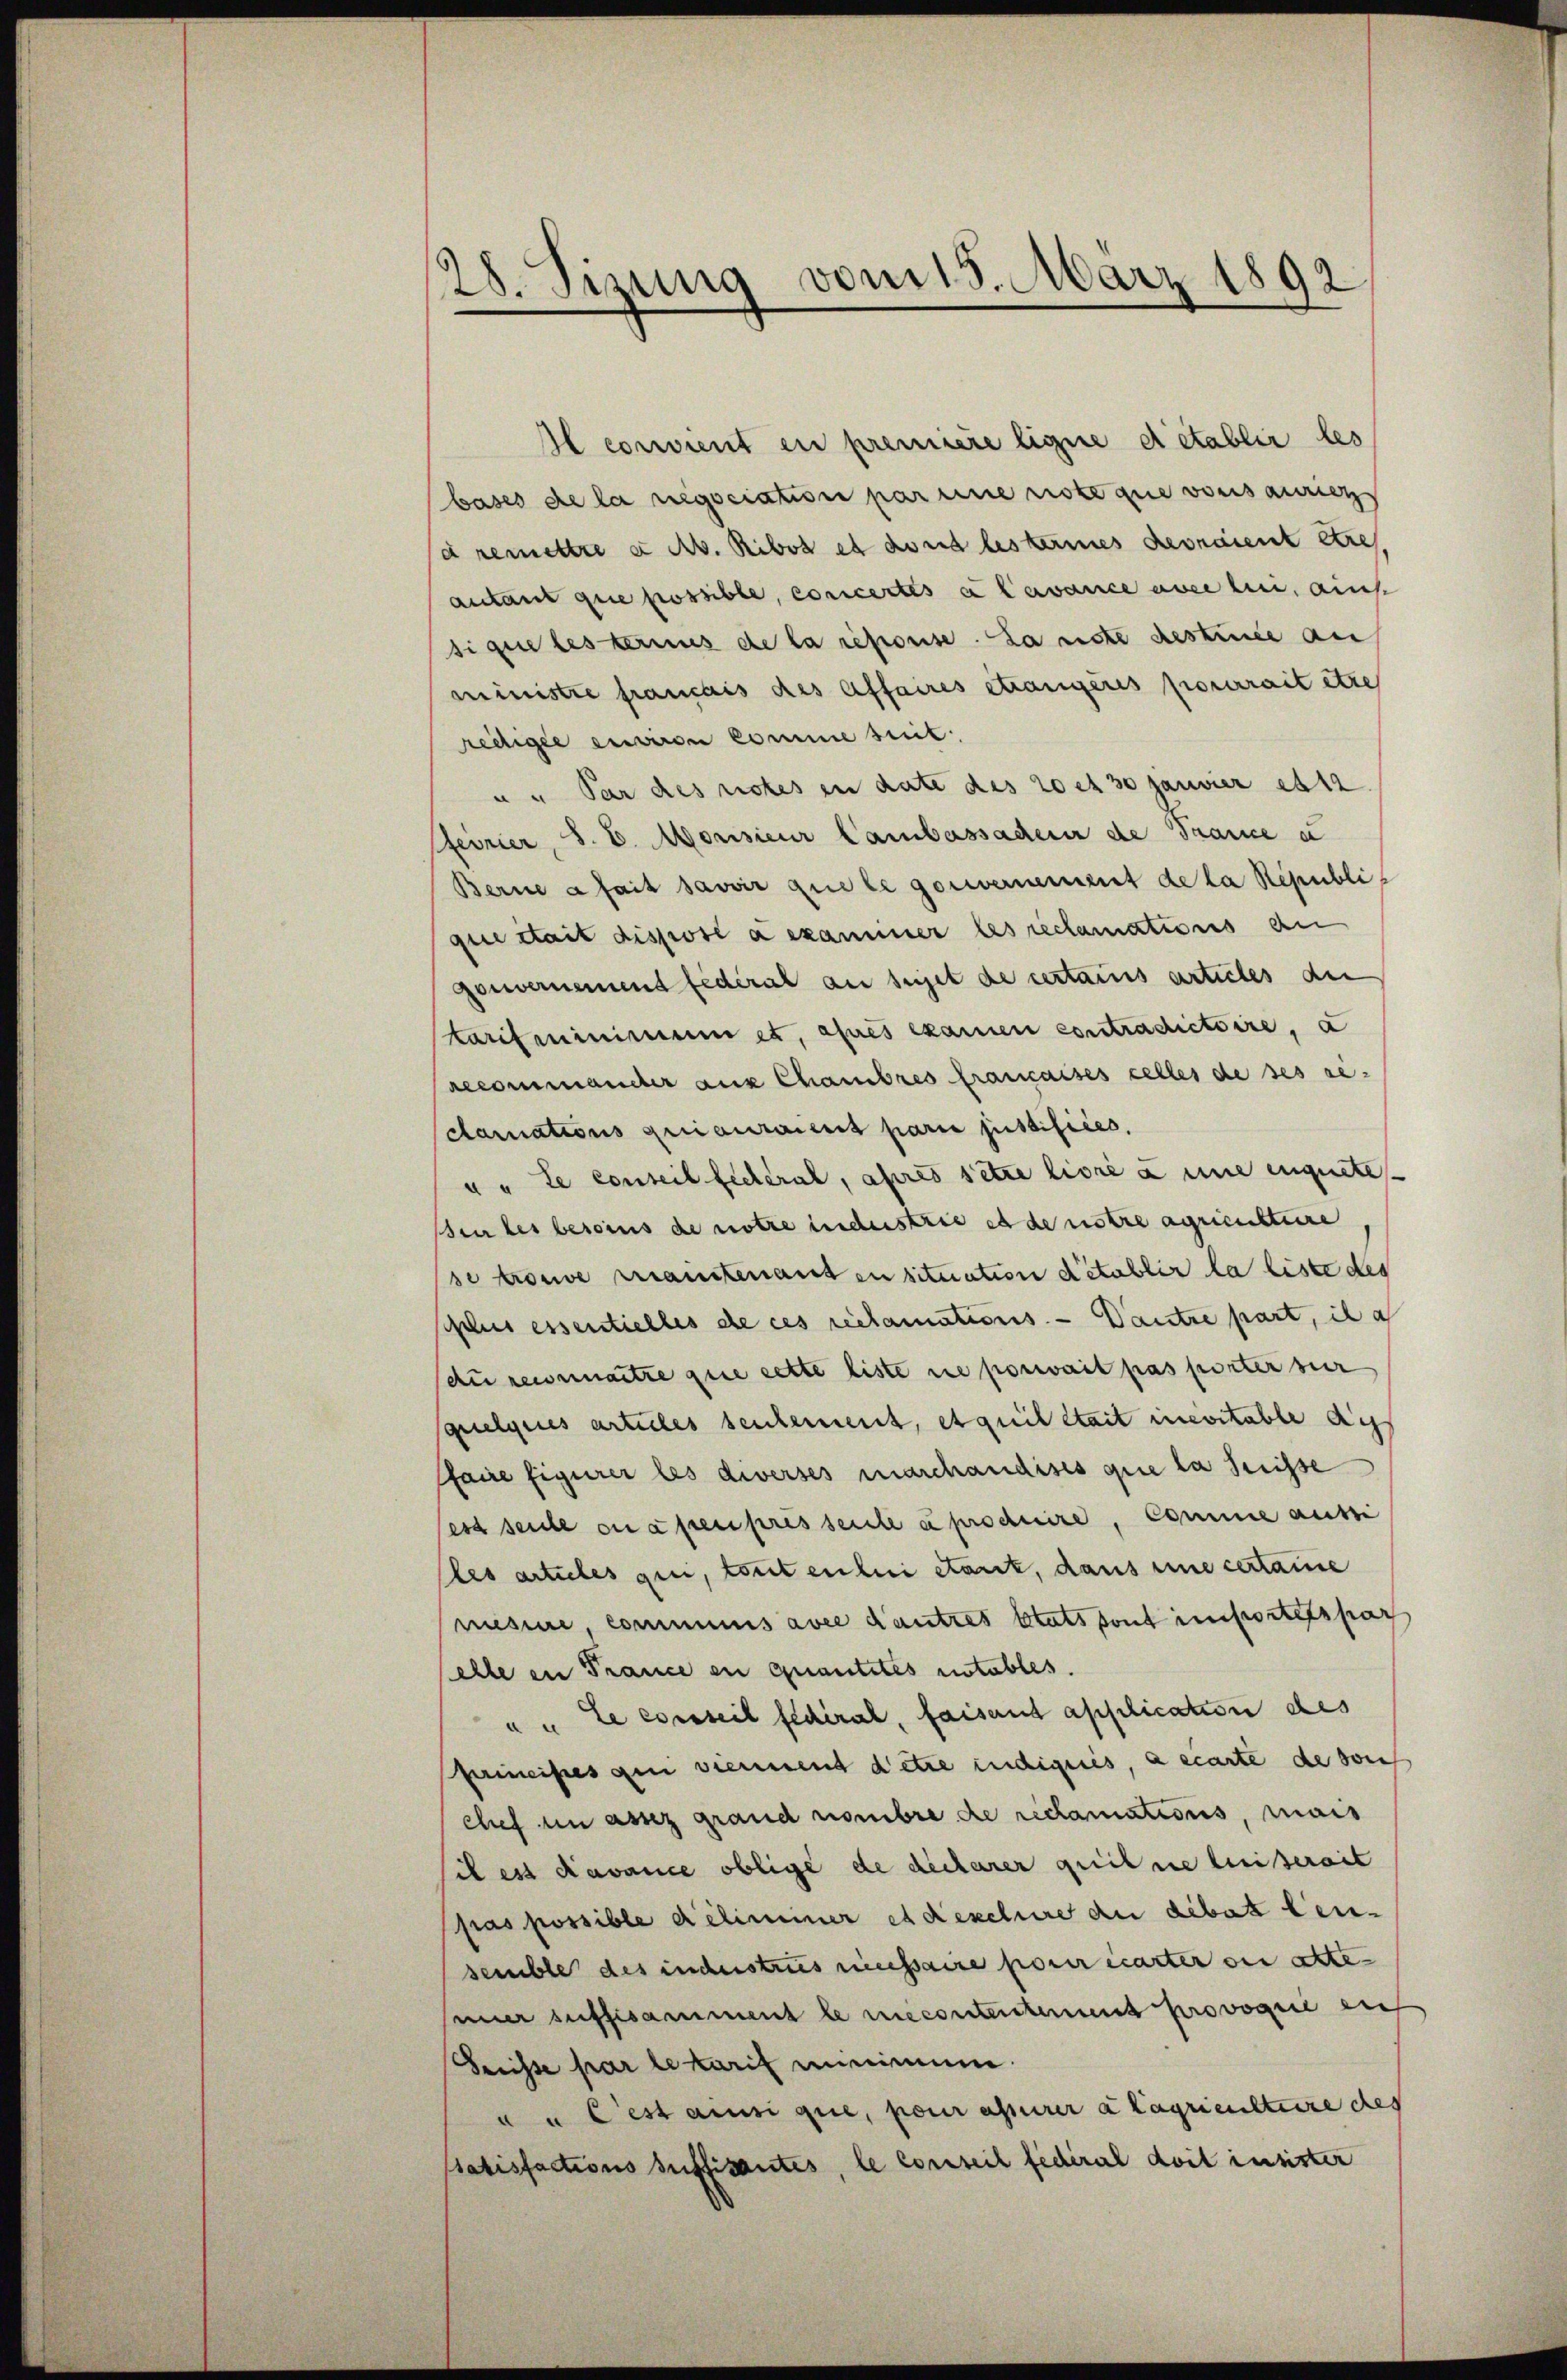
28. Sizung vom 15. März 1892

Il convient en première ligne detablir les
bases de la regociation par eine notoque von saurig
a remettre u. A. Ribot es dont bestermes devraient être
autant que possible, concertes u avance une sei, auch
sique testernis de la repouse. La note destence au
ministre francais des Affaires etwanigeres pourrait etze
redigie environ Comme seit
u. Par des rotes in date des 20 et 30 Janvier est
ferrier, S. E. Morisieur Cambassader de Trance zu
Berne a fait savoir que le gouvernement de la République stait disposé aexaminer les reclamations an
gouvernement fédéral an seiget de certaus articles der
Karifmninimum et, ohnes examen contradictoire, a
recommander aus Chambres francaises celles de ses re-
clarations quiiauraient parie justifices.
u. Le conseil fieleral, apres setze livre à une eignete
en der besoins de notre industrie es de notre agriensteire
se trouve prautenanten situation d’établir la liste des
Splus essentielles de ces reclamations. — Dantre part, il a
(du reconnantre que cette liste ne porwait pas porter zur
squelques articles seulement, etquil stait invitable au
ffaire figurer les diverses marchandises que la Suisse
sest seine anapenpresseite a produire, Comme aufsi
lles articles qui, toutenlini etarit, dans une certaine
mesure, communs avec d’autres Etats sont importelspar
elle in France en quantites notables.
a. Le eventeil fédéral, faisant application des
Principes qui viennent dette indignis, a carte de soin
chef in assez grand nombre de reclamations, mais
il es davance oblige de declarer geil ne leiserait
pras possible déliminer es Rexclure an debat Leusemble des industries necessaire porir carter der atte-
nuer suffisamment le recontentement provoque ein
Suisse par letaris minimum
u u c est ansi que, pour assurer a lagricultaire des
Satisfactions suffisantes, le conseil fédéral doit insister